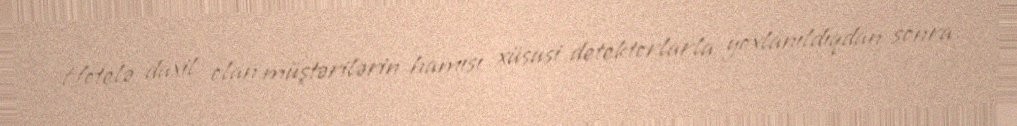
Hotelə daxil olan müştərilərin hamısı xüsusi detektorlarla yoxlanıldıqdan sonra